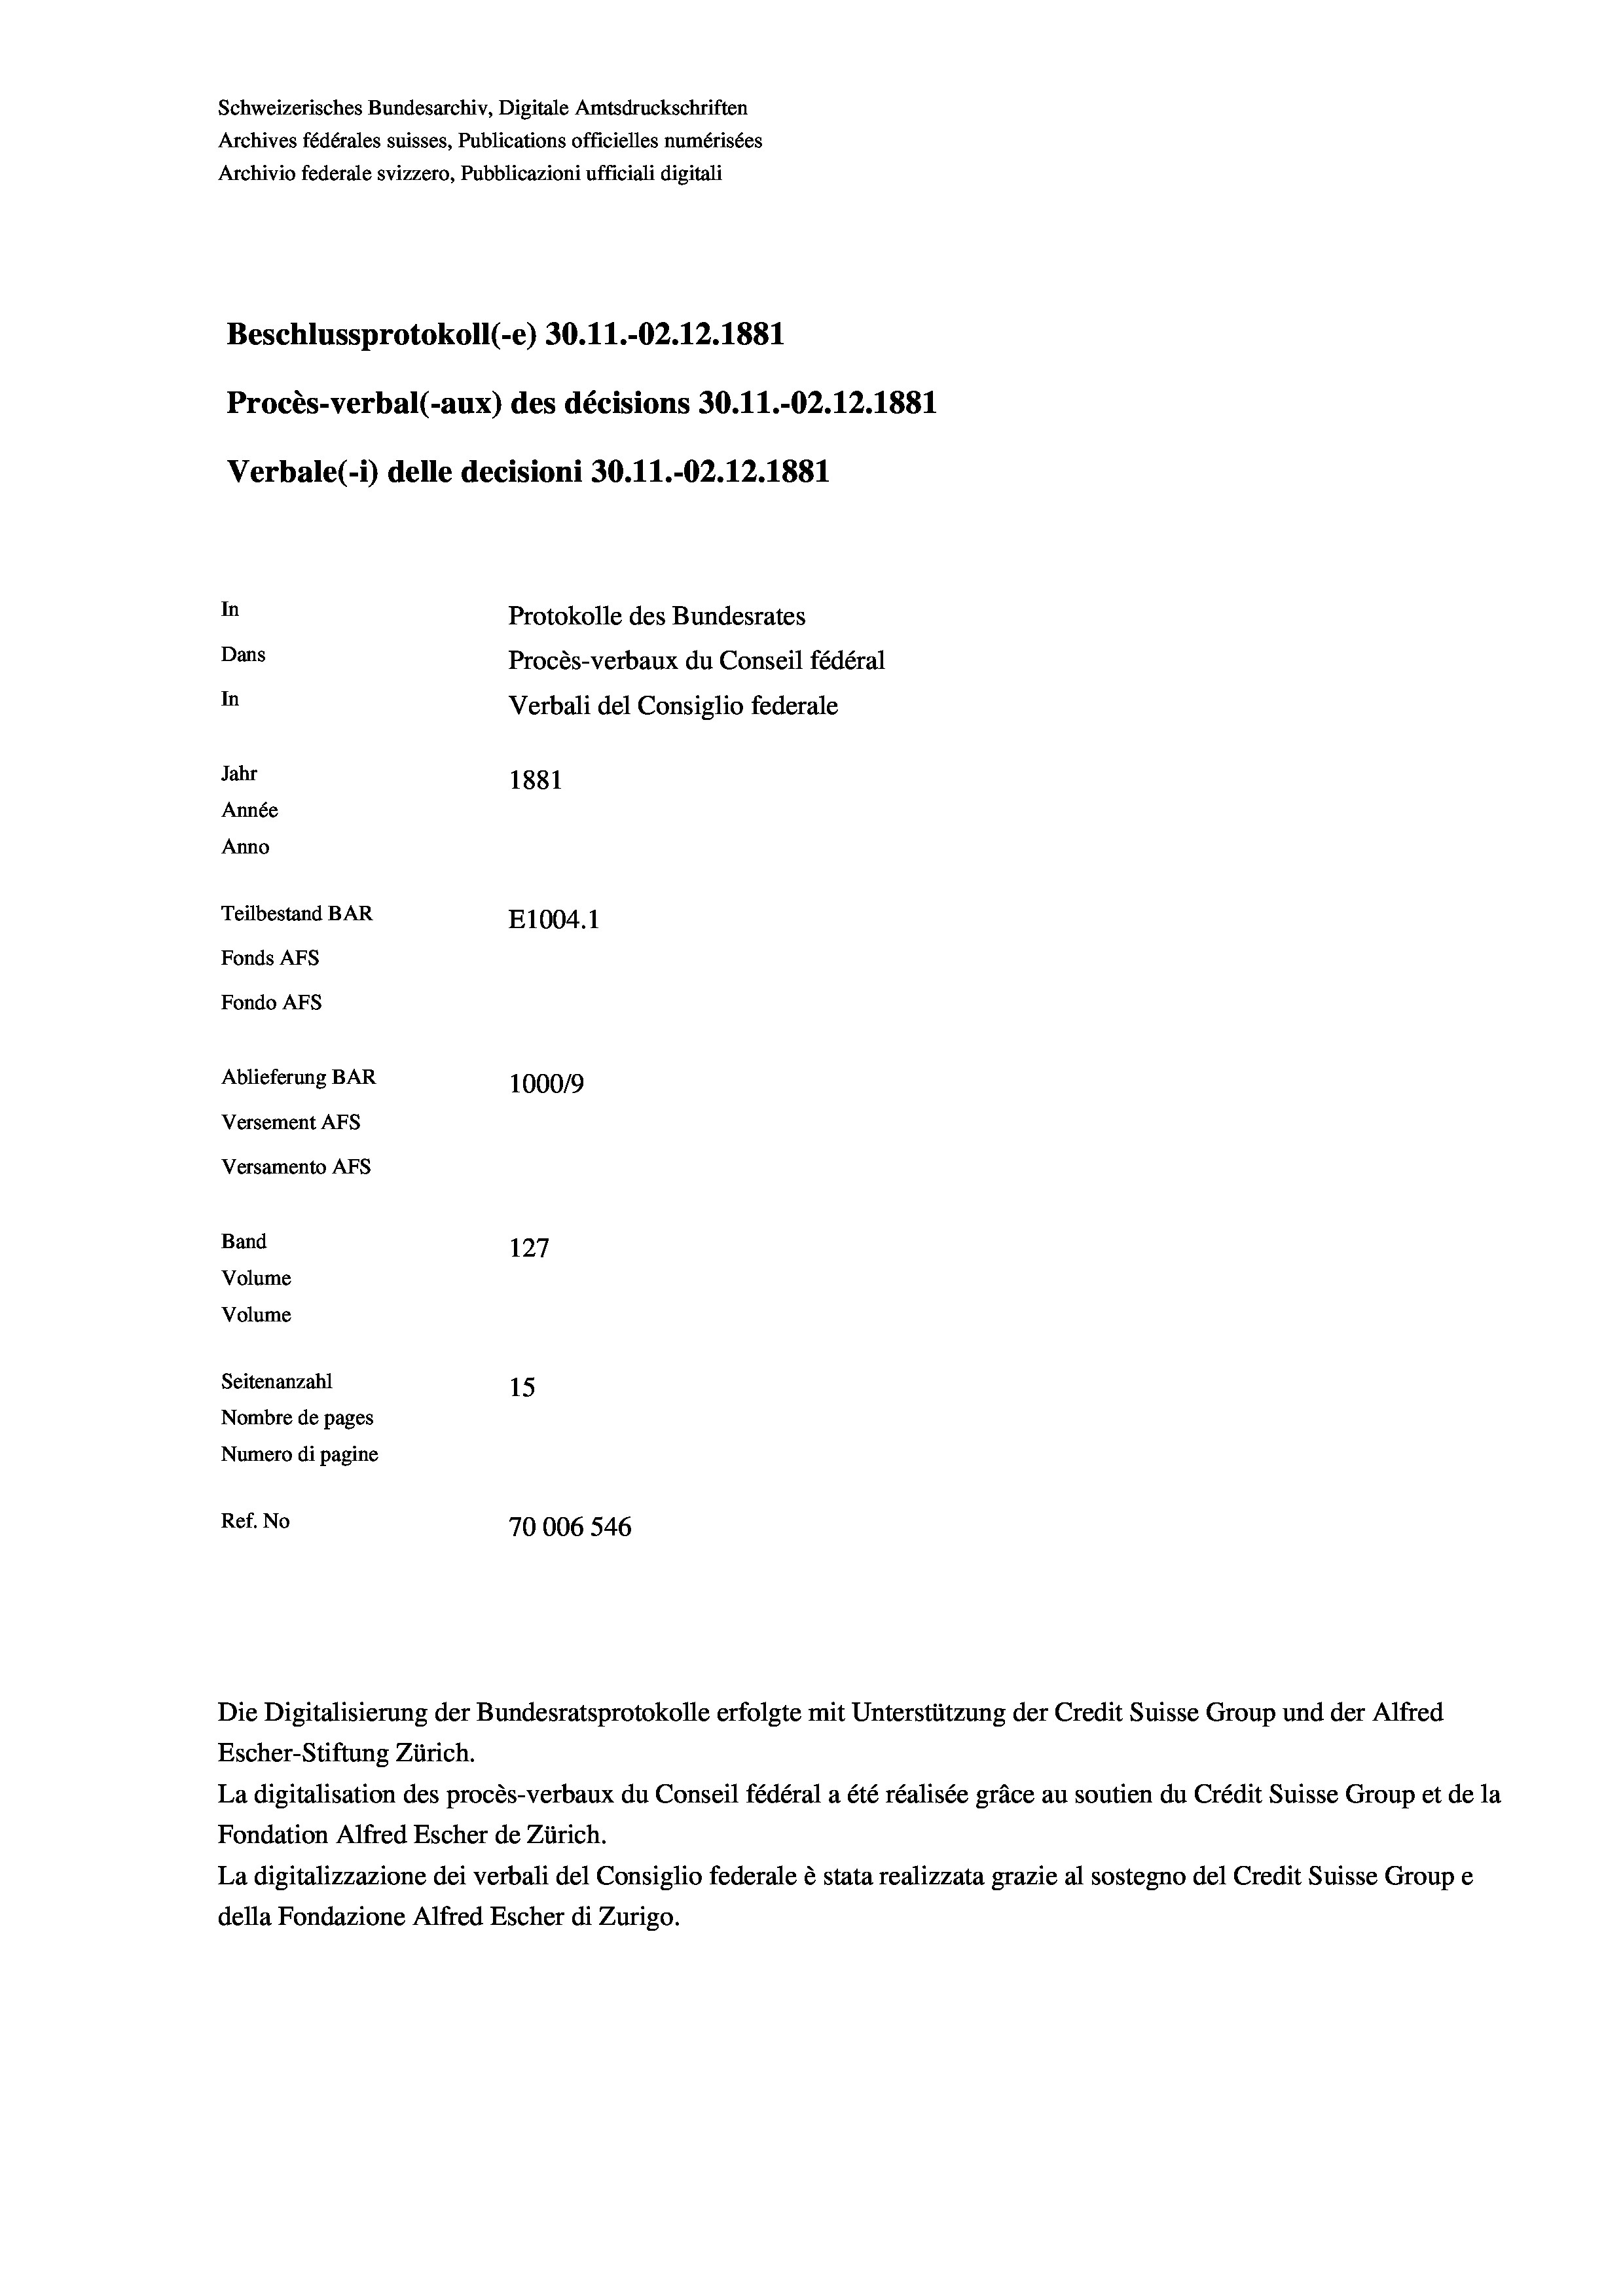
Schweizerisches Bundesarchiv, Digitale Amtsdruckschriften
Archives fédérales suisses, Publications officielles numérisées
Archivio federale svizzero, Pubblicazioni ufficiali digitali
Beschlussprotokoll (-e) 30.11.-02.12.1881
Procès-verbal (-aux) des décisions 30.11.-O2.12.1881
Verbale (- 1) delle decisioni 30.11.-02.12.1881
In
Protokolle des Bundesrates
Dans
Procès-verbaux du Conseil fédéral
In
Verbali del Consiglio federale
Jahr
1881
Année
Anno
Teilbestand BAR
E1004. 1
Fonds AFs
Fondo AFS
Ablieferung BAR
100019
Versement AFs
Versamento AFs
Band
127
Volume
Volume
Seitenanzahl
15
Nombre de pages
Numero di pagine
Ref. No
70006546

Die Digitalisierung der Bundesratsprotokolle erfolgte mit Unterstützung der Credit Suisse Group und der Alfred
Escher-Stiftung Zürich.
La digitalisation des procès-verbaux du Conseil fédéral a été réalisée gräce au soutien du Crédit Suisse Group et de la
Fondation Alfred Escher de Zürich.
La digitalizzazione dei verbali del Consiglio federale è stata realizzata grazie al sostegno del Credit Suisse Groupe
della Fondazione Alfred Escher di Zurigo.